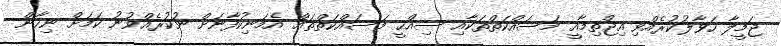
ޖަމީލާ ހަވާލުކުރެއްވި އިޖްތިމާއީ މަސައްކަތްތަކާއި ސިއްޙީ މަސައްކަތްތައް އެމަނިކުފާނަށް ނުކުރެއްވުނު ކަމަށް ނިހާން